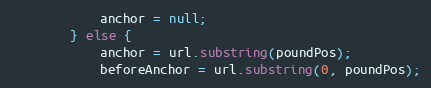
Language: Java
			anchor = null;
		} else {
			anchor = url.substring(poundPos);
			beforeAnchor = url.substring(0, poundPos);